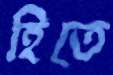
হিতে